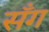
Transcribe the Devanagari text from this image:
सँग